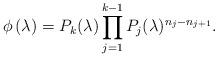
LaTeX: \begin{align*}\phi\left( \lambda\right) =P_{k}(\lambda)\prod\limits_{j=1}^{k-1}P_{j}(\lambda)^{n_{j}-n_{j+1}}. \end{align*}